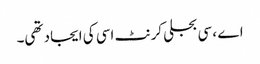
اے ، سی بجلی کرنٹ اسی کی ایجاد تھی۔